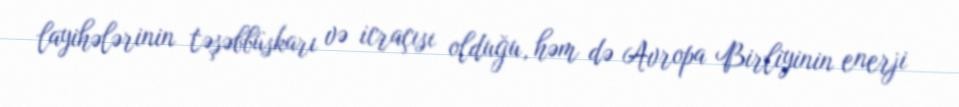
layihələrinin təşəbbüskarı və icraçısı olduğu, həm də Avropa Birliyinin enerji